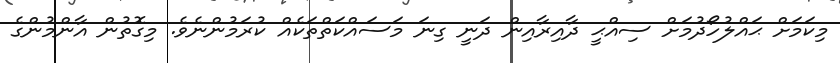
މިކަމަށް ޙައްލުހޯދުމަށް ސިއްޙީ ދާއިރާއިން ދަނީ ގިނަ މަސައްކަތްތަކެއް ކުރަމުންނެވެ. މިގޮތުން އާންމުންގެ